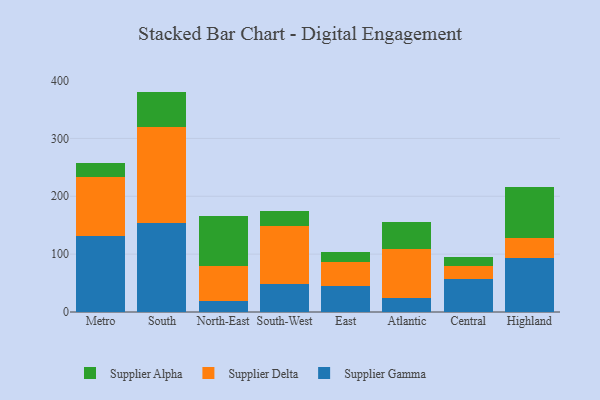
{"axis": {"x": "Region", "y": "Humidity (%)"}, "legend": ["Supplier Alpha", "Supplier Delta", "Supplier Gamma"], "data": [{"x": "Metro", "y": 132.2, "type": "Supplier Gamma"}, {"x": "Metro", "y": 101.1, "type": "Supplier Delta"}, {"x": "Metro", "y": 24.3, "type": "Supplier Alpha"}, {"x": "South", "y": 154.6, "type": "Supplier Gamma"}, {"x": "South", "y": 165.5, "type": "Supplier Delta"}, {"x": "South", "y": 60.8, "type": "Supplier Alpha"}, {"x": "North-East", "y": 19.5, "type": "Supplier Gamma"}, {"x": "North-East", "y": 60.1, "type": "Supplier Delta"}, {"x": "North-East", "y": 86.2, "type": "Supplier Alpha"}, {"x": "South-West", "y": 49.0, "type": "Supplier Gamma"}, {"x": "South-West", "y": 100.3, "type": "Supplier Delta"}, {"x": "South-West", "y": 25.9, "type": "Supplier Alpha"}, {"x": "East", "y": 45.2, "type": "Supplier Gamma"}, {"x": "East", "y": 41.0, "type": "Supplier Delta"}, {"x": "East", "y": 17.8, "type": "Supplier Alpha"}, {"x": "Atlantic", "y": 24.9, "type": "Supplier Gamma"}, {"x": "Atlantic", "y": 83.9, "type": "Supplier Delta"}, {"x": "Atlantic", "y": 46.9, "type": "Supplier Alpha"}, {"x": "Central", "y": 56.5, "type": "Supplier Gamma"}, {"x": "Central", "y": 22.3, "type": "Supplier Delta"}, {"x": "Central", "y": 16.4, "type": "Supplier Alpha"}, {"x": "Highland", "y": 93.4, "type": "Supplier Gamma"}, {"x": "Highland", "y": 34.4, "type": "Supplier Delta"}, {"x": "Highland", "y": 87.9, "type": "Supplier Alpha"}]}